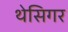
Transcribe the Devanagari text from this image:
थेसिगर